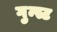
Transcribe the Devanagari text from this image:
गुन्स्ट